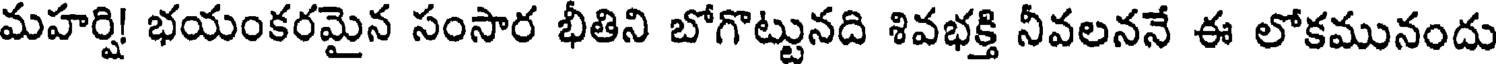
మహర్షి! భయంకరమైన సంసార భీతిని బోగొట్టునది శివభక్తి నీవలననే ఈ లోకమునందు